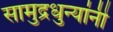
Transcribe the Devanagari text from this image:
सामुद्रधुन्यांनी